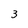
Character: 3